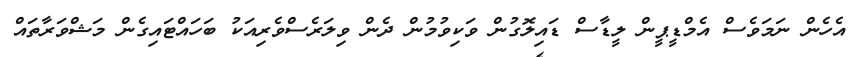
އެހެން ނަމަވެސް އެމްޑީޕީން ލީޑާސް ޑައިލޮގުން ވަކިވުމުން ދެން ވިލަރެސްވެރިއަކު ބަހައްޓައިގެން މަޝްވަރާތައް